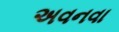
અવનવા